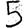
Digit: 5